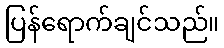
ပြန်ရောက်ချင်သည်။